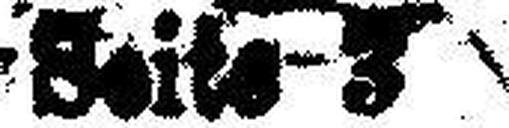
Seite 3